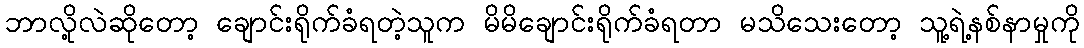
ဘာလို့လဲဆိုတော့ ချောင်းရိုက်ခံရတဲ့သူက မိမိချောင်းရိုက်ခံရတာ မသိသေးတော့ သူ့ရဲ့နစ်နာမှုကို